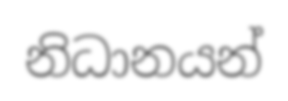
නිධානයන්